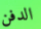
الدفن